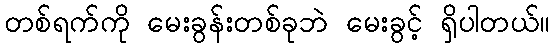
တစ်ရက်ကို မေးခွန်းတစ်ခုဘဲ မေးခွင့် ရှိပါတယ်။